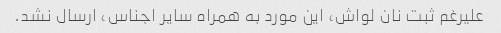
علیرغم ثبت نان لواش، این مورد به همراه سایر اجناس، ارسال نشد.